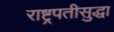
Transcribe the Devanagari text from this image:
राष्ट्रपतीसुद्धा